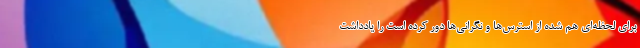
برای لحظه‌ای هم شده از استرس‌ها و نگرانی‌ها دور کرده است را یادداشت